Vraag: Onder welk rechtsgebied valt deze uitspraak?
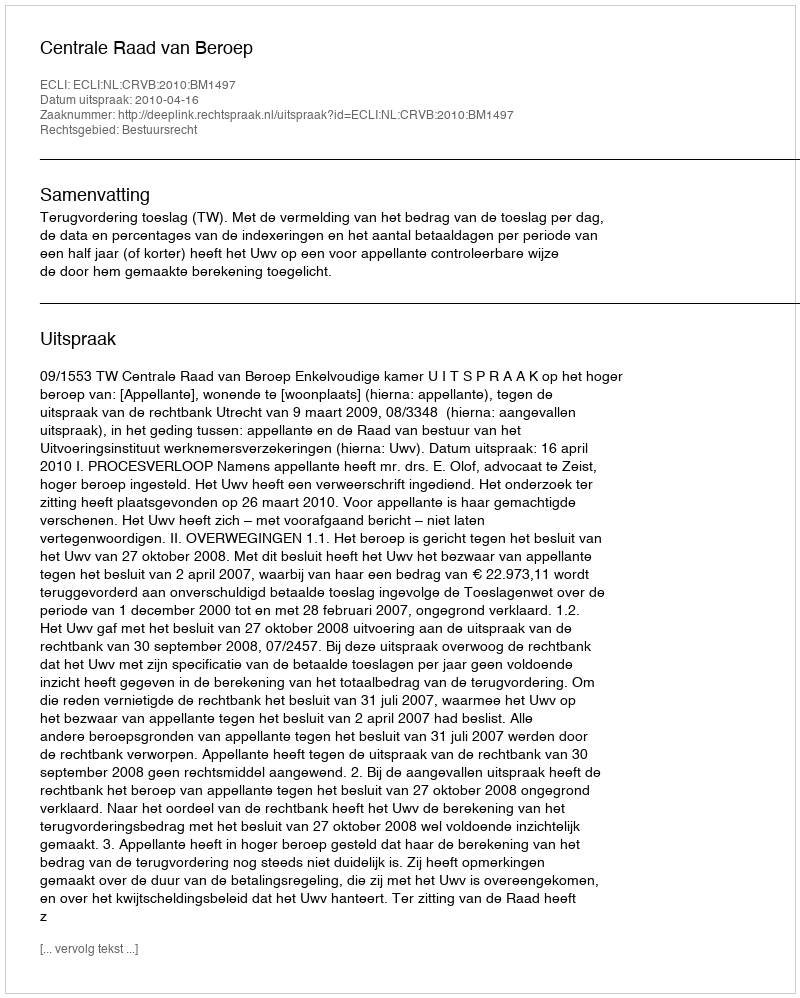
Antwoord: Bestuursrecht